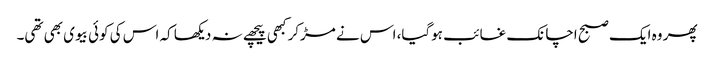
پھر وہ ایک صبح اچانک غائب ہوگیا، اس نے مڑکر کبھی پیچھے نہ دیکھا کہ اس کی کوئی بیوی بھی تھی۔